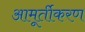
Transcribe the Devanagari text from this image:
आमूर्तीकरण